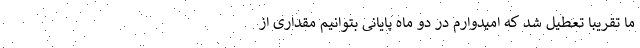
ما تقریباً تعطیل شد که امیدوارم در دو ماه پایانی بتوانیم مقداری از